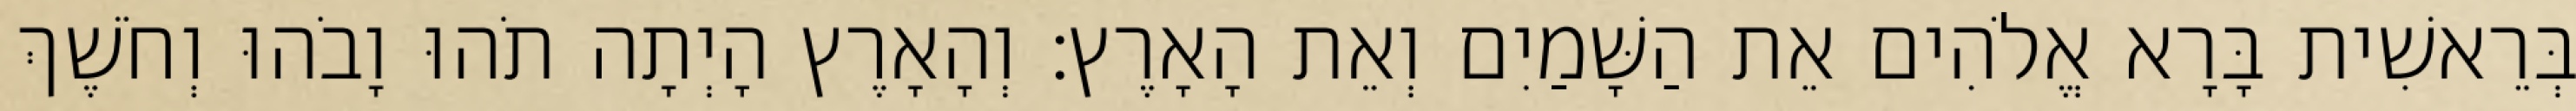
בְּרֵאשִׁית בָּרָא אֱלֹהִים אֵת הַשָּׁמַיִם וְאֵת הָאָרֶץ׃ וְהָאָרֶץ הָיְתָה תֹהוּ וָבֹהוּ וְחֹשֶׁךְ